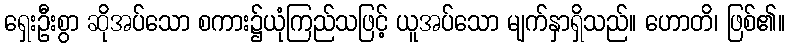
ရှေးဦးစွာ ဆိုအပ်သော စကား၌ယုံကြည်သဖြင့် ယူအပ်သော မျက်နှာရှိသည်။ ဟောတိ၊ ဖြစ်၏။